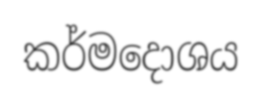
කර්මදොශය